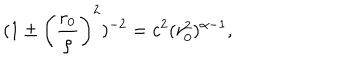
( 1 \pm \left( \frac { r _ { 0 } } { \rho } \right) ^ { 2 } ) ^ { - 2 } = c ^ { 2 } ( r _ { 0 } ^ { 2 } ) ^ { \alpha - 1 } ,